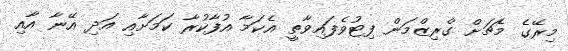
މިރޭގެ މެޗަށް ގްރިޒްމަން ފިޓުވެފައިވާތީ އެކަމާ އުފާކުރާ ކަމަށާއި އަދި އޭނާ އާއި